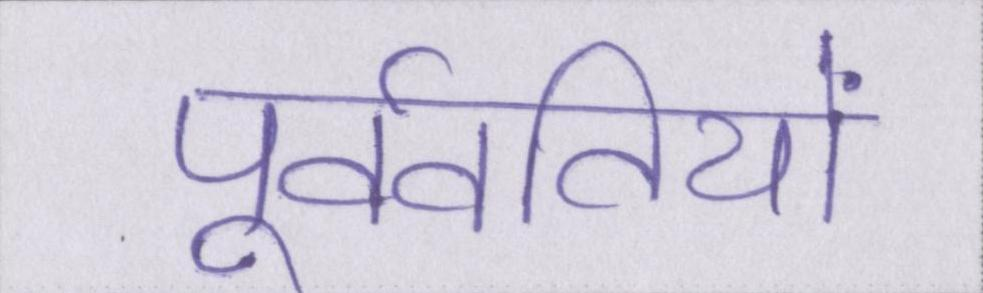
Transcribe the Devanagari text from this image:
पूर्ववर्तियों